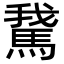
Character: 𩣨